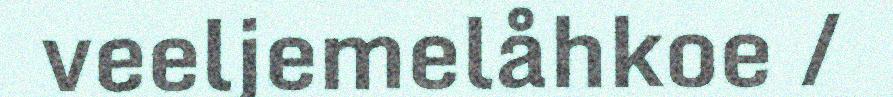
veeljemelåhkoe /